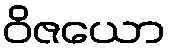
ဝိဇယော